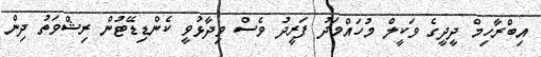
އިބްރާހިމް ދީދީގެ ވަކީލް މުހައްމަދު ފަރީދު ވެސް ވިދާޅުވީ ކެންޑިޑޭޓުން ރިޝްވަތު ދިން